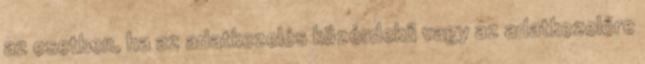
az esetben, ha az adatkezelés közérdekű vagy az adatkezelőre